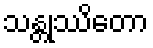
သန္တုဿိတော